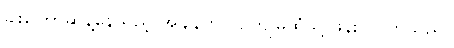
ခါးကြောဆန့်နေသည့် အချိန်တွင် ဥကျုမိထံသို့ ဖုန်းဝင်လာသည်။